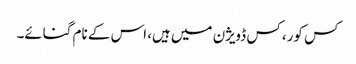
کس کور، کس ڈویژن میں ہیں، اس کے نام گنائے۔